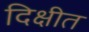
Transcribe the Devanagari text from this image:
दिक्षीत